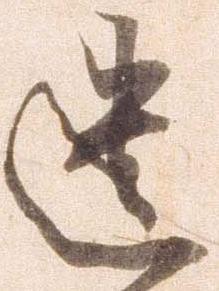
遺